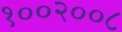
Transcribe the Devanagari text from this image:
१००२००८